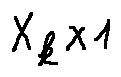
X _ { k \times 1 }